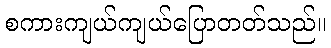
စကားကျယ်ကျယ်ပြောတတ်သည်။